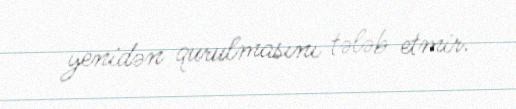
yenidən qurulmasını tələb etmir.